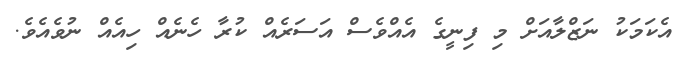
އެކަމަކު ނަޒްލާއަށް މި ފިނީގެ އެއްވެސް އަސަރެއް ކުރާ ހެނެއް ހިއެއް ނުވެއެވެ.